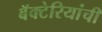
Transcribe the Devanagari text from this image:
बॅक्‍टेरियांची